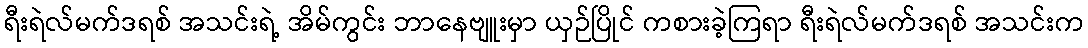
ရီးရဲလ်မက်ဒရစ် အသင်းရဲ့ အိမ်ကွင်း ဘာနေဗျူးမှာ ယှဉ်ပြိုင် ကစားခဲ့ကြရာ ရီးရဲလ်မက်ဒရစ် အသင်းက